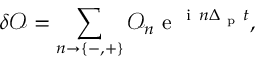
\delta \mathcal { O } = \sum _ { n \rightarrow { \{ - , + \} } } \mathcal { O } _ { n } \mathrm { ~ e ~ } ^ { \mathrm { ~ i ~ } n \Delta _ { \mathrm { ~ p ~ } } t } ,